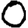
Digit: 0